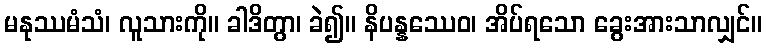
မနုဿမံသံ၊ လူသားကို။ ခါဒိတွာ၊ ခဲ၍။ နိပန္နဿေဝ၊ အိပ်ရသော ခွေးအားသာလျှင်။